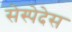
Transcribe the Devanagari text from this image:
सेस्पेदेस